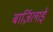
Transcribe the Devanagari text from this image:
बार्ज़िलाई